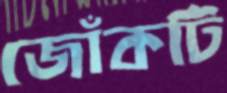
জোঁকটি